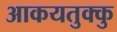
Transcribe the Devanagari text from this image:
आकयतुक्कु